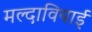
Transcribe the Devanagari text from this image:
मल्दावियाई